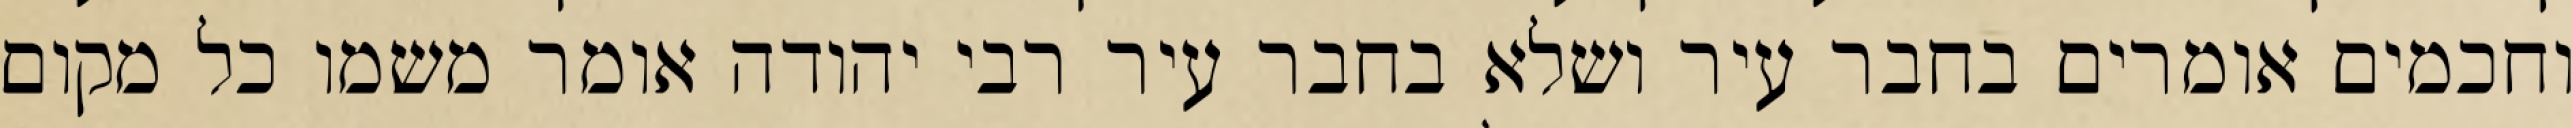
וחכמים אומרים בחבר עיר ושלא בחבר עיר רבי יהודה אומר משמו כל מקום